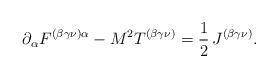
\begin{align*}\partial _{\alpha }F^{(\beta \gamma \nu )\alpha }-M^{2}T^{(\beta \gamma \nu)}=\frac{1}{2}\,J^{(\beta \gamma \nu )}. \end{align*}